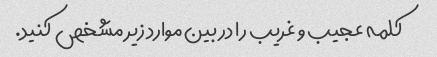
کلمه عجیب و غریب را در بین موارد زیر مشخص کنید.